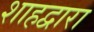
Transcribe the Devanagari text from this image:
शाहद्वारा